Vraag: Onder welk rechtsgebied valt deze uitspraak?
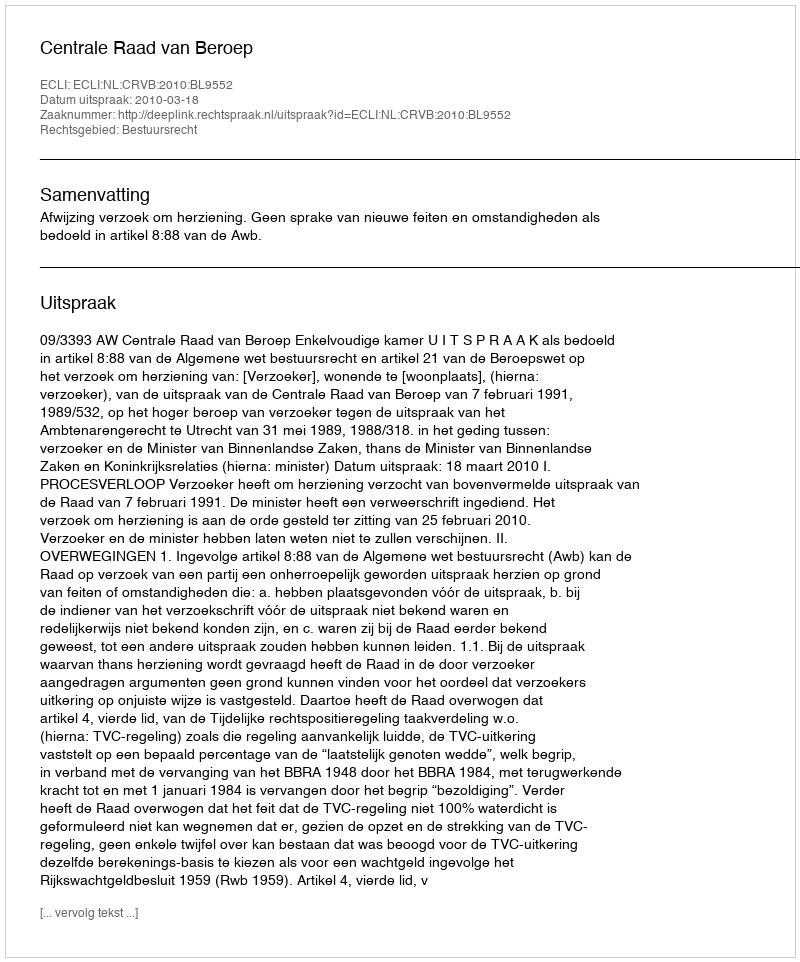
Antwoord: Bestuursrecht